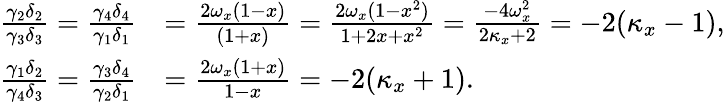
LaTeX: \begin{array}{rl}{\frac{\gamma_{2}\delta_{2}}{\gamma_{3}\delta_{3}}=\frac{\gamma_{4}\delta_{4}}{\gamma_{1}\delta_{1}}}&{=\frac{2\omega_{x}(1-x)}{(1+x)}=\frac{2\omega_{x}(1-x^{2})}{1+2x+x^{2}}=\frac{-4\omega_{x}^{2}}{2\kappa_{x}+2}=-2(\kappa_{x}-1),}\\ {\frac{\gamma_{1}\delta_{2}}{\gamma_{4}\delta_{3}}=\frac{\gamma_{3}\delta_{4}}{\gamma_{2}\delta_{1}}}&{=\frac{2\omega_{x}(1+x)}{1-x}=-2(\kappa_{x}+1).}\end{array}